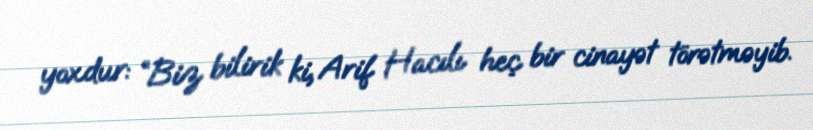
yoxdur: “Biz bilirik ki, Arif Hacılı heç bir cinayət törətməyib.